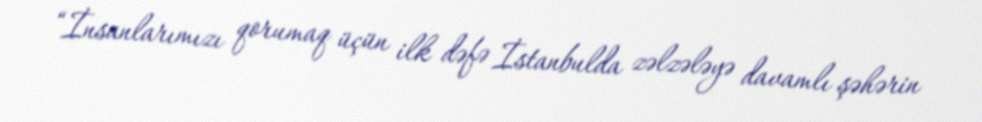
“İnsanlarımızı qorumaq üçün ilk dəfə İstanbulda zəlzələyə davamlı şəhərin